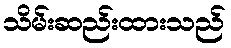
သိမ်းဆည်းထားသည်